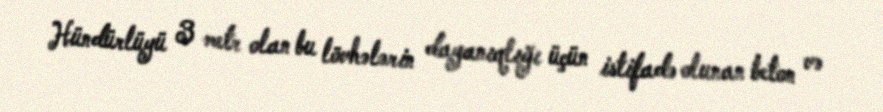
Hündürlüyü 3 metr olan bu lövhələrin dayanıqlığı üçün istifadə olunan beton və